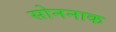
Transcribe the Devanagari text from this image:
सोननाक